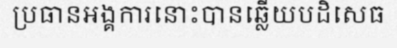
ប្រធានអង្គការនោះបានឆ្លើយបដិសេធ